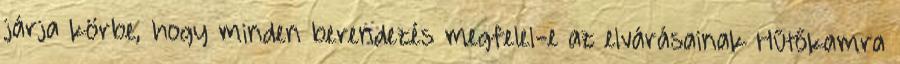
járja körbe, hogy minden berendezés megfelel-e az elvárásainak Hűtőkamra